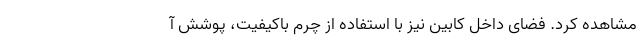
مشاهده کرد. فضای داخل کابین نیز با استفاده از چرم باکیفیت، پوشش آ